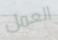
العمل